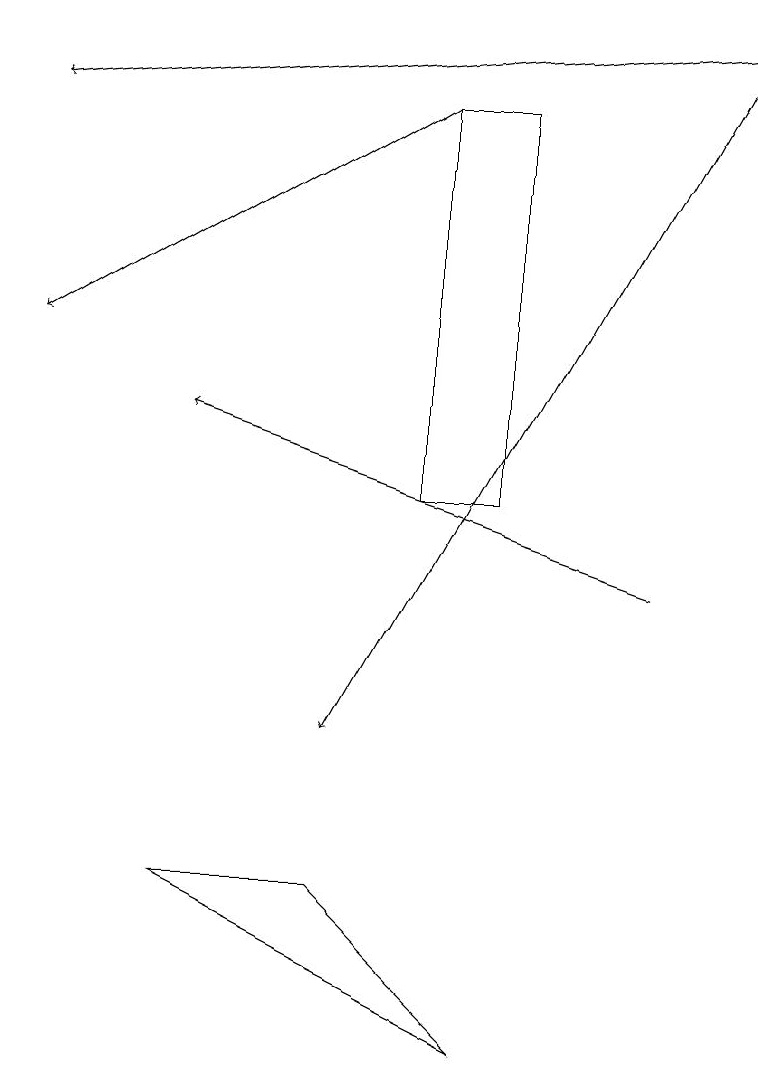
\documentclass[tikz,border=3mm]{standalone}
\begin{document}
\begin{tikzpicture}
\draw (2,8) -- (6,6) -- (4,8) -- cycle;
\draw (5,18) rectangle (6,13);
\draw[->] (9,19) -- (4,10);
\draw[->] (9,19) -- (0,18);
\draw[->] (8,12) -- (2,14);
\draw[->] (5,18) -- (0,15);
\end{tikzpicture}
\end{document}